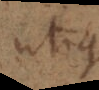
utique